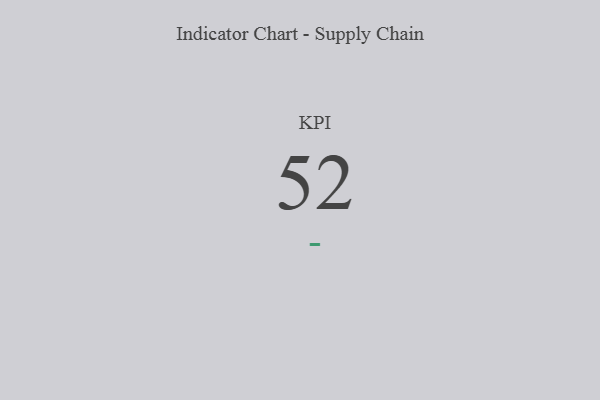
{"axis": {"x": "KPI", "y": "Value"}, "legend": [""], "data": [{"x": "KPI", "y": 52, "type": ""}]}